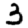
Digit: 3